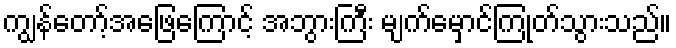
ကျွန်တော့်အဖြေကြောင့် အဘွားကြီး မျက်မှောင်ကြုတ်သွားသည်။